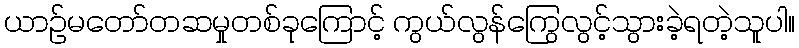
ယာဉ်မတော်တဆမှုတစ်ခုကြောင့် ကွယ်လွန်ကြွေလွင့်သွားခဲ့ရတဲ့သူပါ။